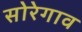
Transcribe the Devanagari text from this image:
सोरेगाव